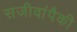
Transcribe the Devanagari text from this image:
सजीवांपैकी